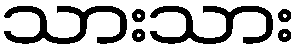
သားသား